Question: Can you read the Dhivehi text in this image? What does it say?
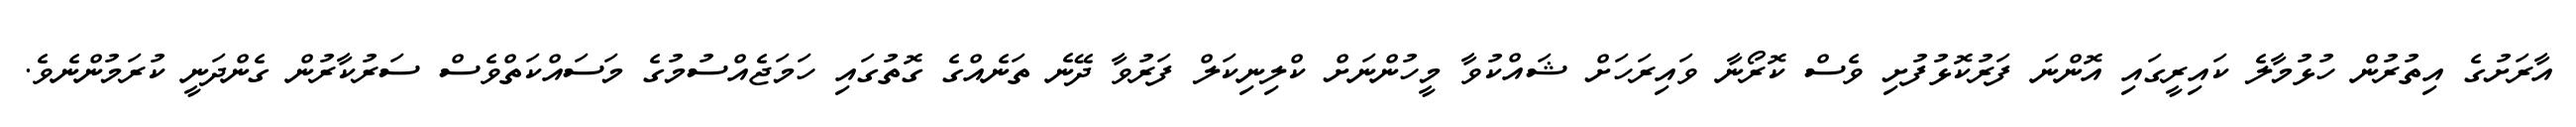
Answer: އާރަށުގެ އިތުރުން ހުޅުމާލެ ކައިރީގައި އޮންނަ ފަރުކޮޅުފުށި ވެސް ކޮރޯނާ ވައިރަހަށް ޝައްކުވާ މީހުންނަށް ކްލިނިކަލް ފަރުވާ ދޭނެ ތަނެއްގެ ގޮތުގައި ހަމަޖެއްސުމުގެ މަސައްކަތްވެސް ސަރުކާރުން ގެންދަނީ ކުރަމުންނެވެ.